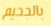
بالجحيم